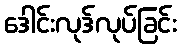
ဒေါင်းလုဒ်လုပ်ခြင်း